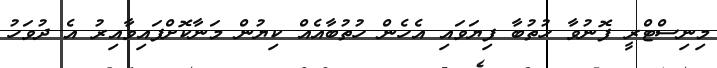
މިނިސްޓްރީ ފޮނުވާ ހުތުބާ ފިޔަވައި އެހެން ހުތުބާއެއް ކިޔުން މަނާކޮށްފައިވާއިރު އެ ދުވަހު